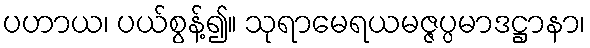
ပဟာယ၊ ပယ်စွန့်၍။ သုရာမေရယမဇ္ဇပ္ပမာဒဋ္ဌာနာ၊